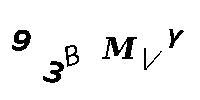
93BMVY